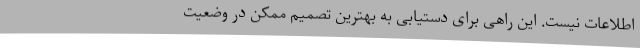
اطلاعات نیست. این راهی برای دستیابی به بهترین تصمیم ممکن در وضعیت